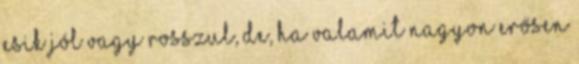
esik jól vagy rosszul, de, ha valamit nagyon erősen